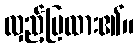
လှည့်ပြထား၏။